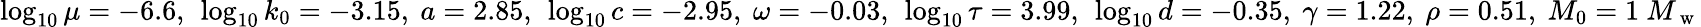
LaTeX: \log_{10}\mu=-6.6,\ \log_{10}k_{0}=-3.15,\ a=2.85,\ \log_{10}c=-2.95,\ \omega=-0.03,\ \log_{10}\tau=3.99,\ \log_{10}d=-0.35,\ \gamma=1.22,\ \rho=0.51,\ M_{0}=1\ M_{\mathrm{~w~}}